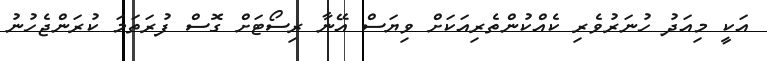
އަކީ މިއަދު ހުނަރުވެރި ކެއްކުންތެރިއަކަށް ވިޔަސް އޭނާ ރިސޯޓަށް ގޮސް ފުރަތަމަ ކުރަންޖެހުނު